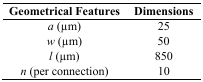
<table><thead><tr><td><b>Geometrical Features</b></td><td><b>Dimensions</b></td></tr></thead><tbody><tr><td><i>a</i> (μm)</td><td>25</td></tr><tr><td><i>w</i> (μm)</td><td>50</td></tr><tr><td><i>l</i> (μm)</td><td>850</td></tr><tr><td><i>n</i> (per connection)</td><td>10</td></tr></tbody></table>